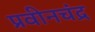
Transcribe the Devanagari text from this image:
प्रवीनचंद्र